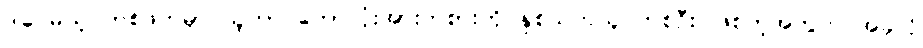
ဒါပေမယ့် တစ်ဖက်မှာ သူဟာ ဘောလုံးအားကစားကို နှစ်သက်သူ တစ်ဦး ဖြစ်တဲ့အတွက် အခုလို